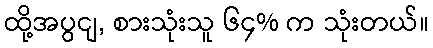
ထို့အပွငျ, စားသုံးသူ ၆၄% က သုံးတယ်။